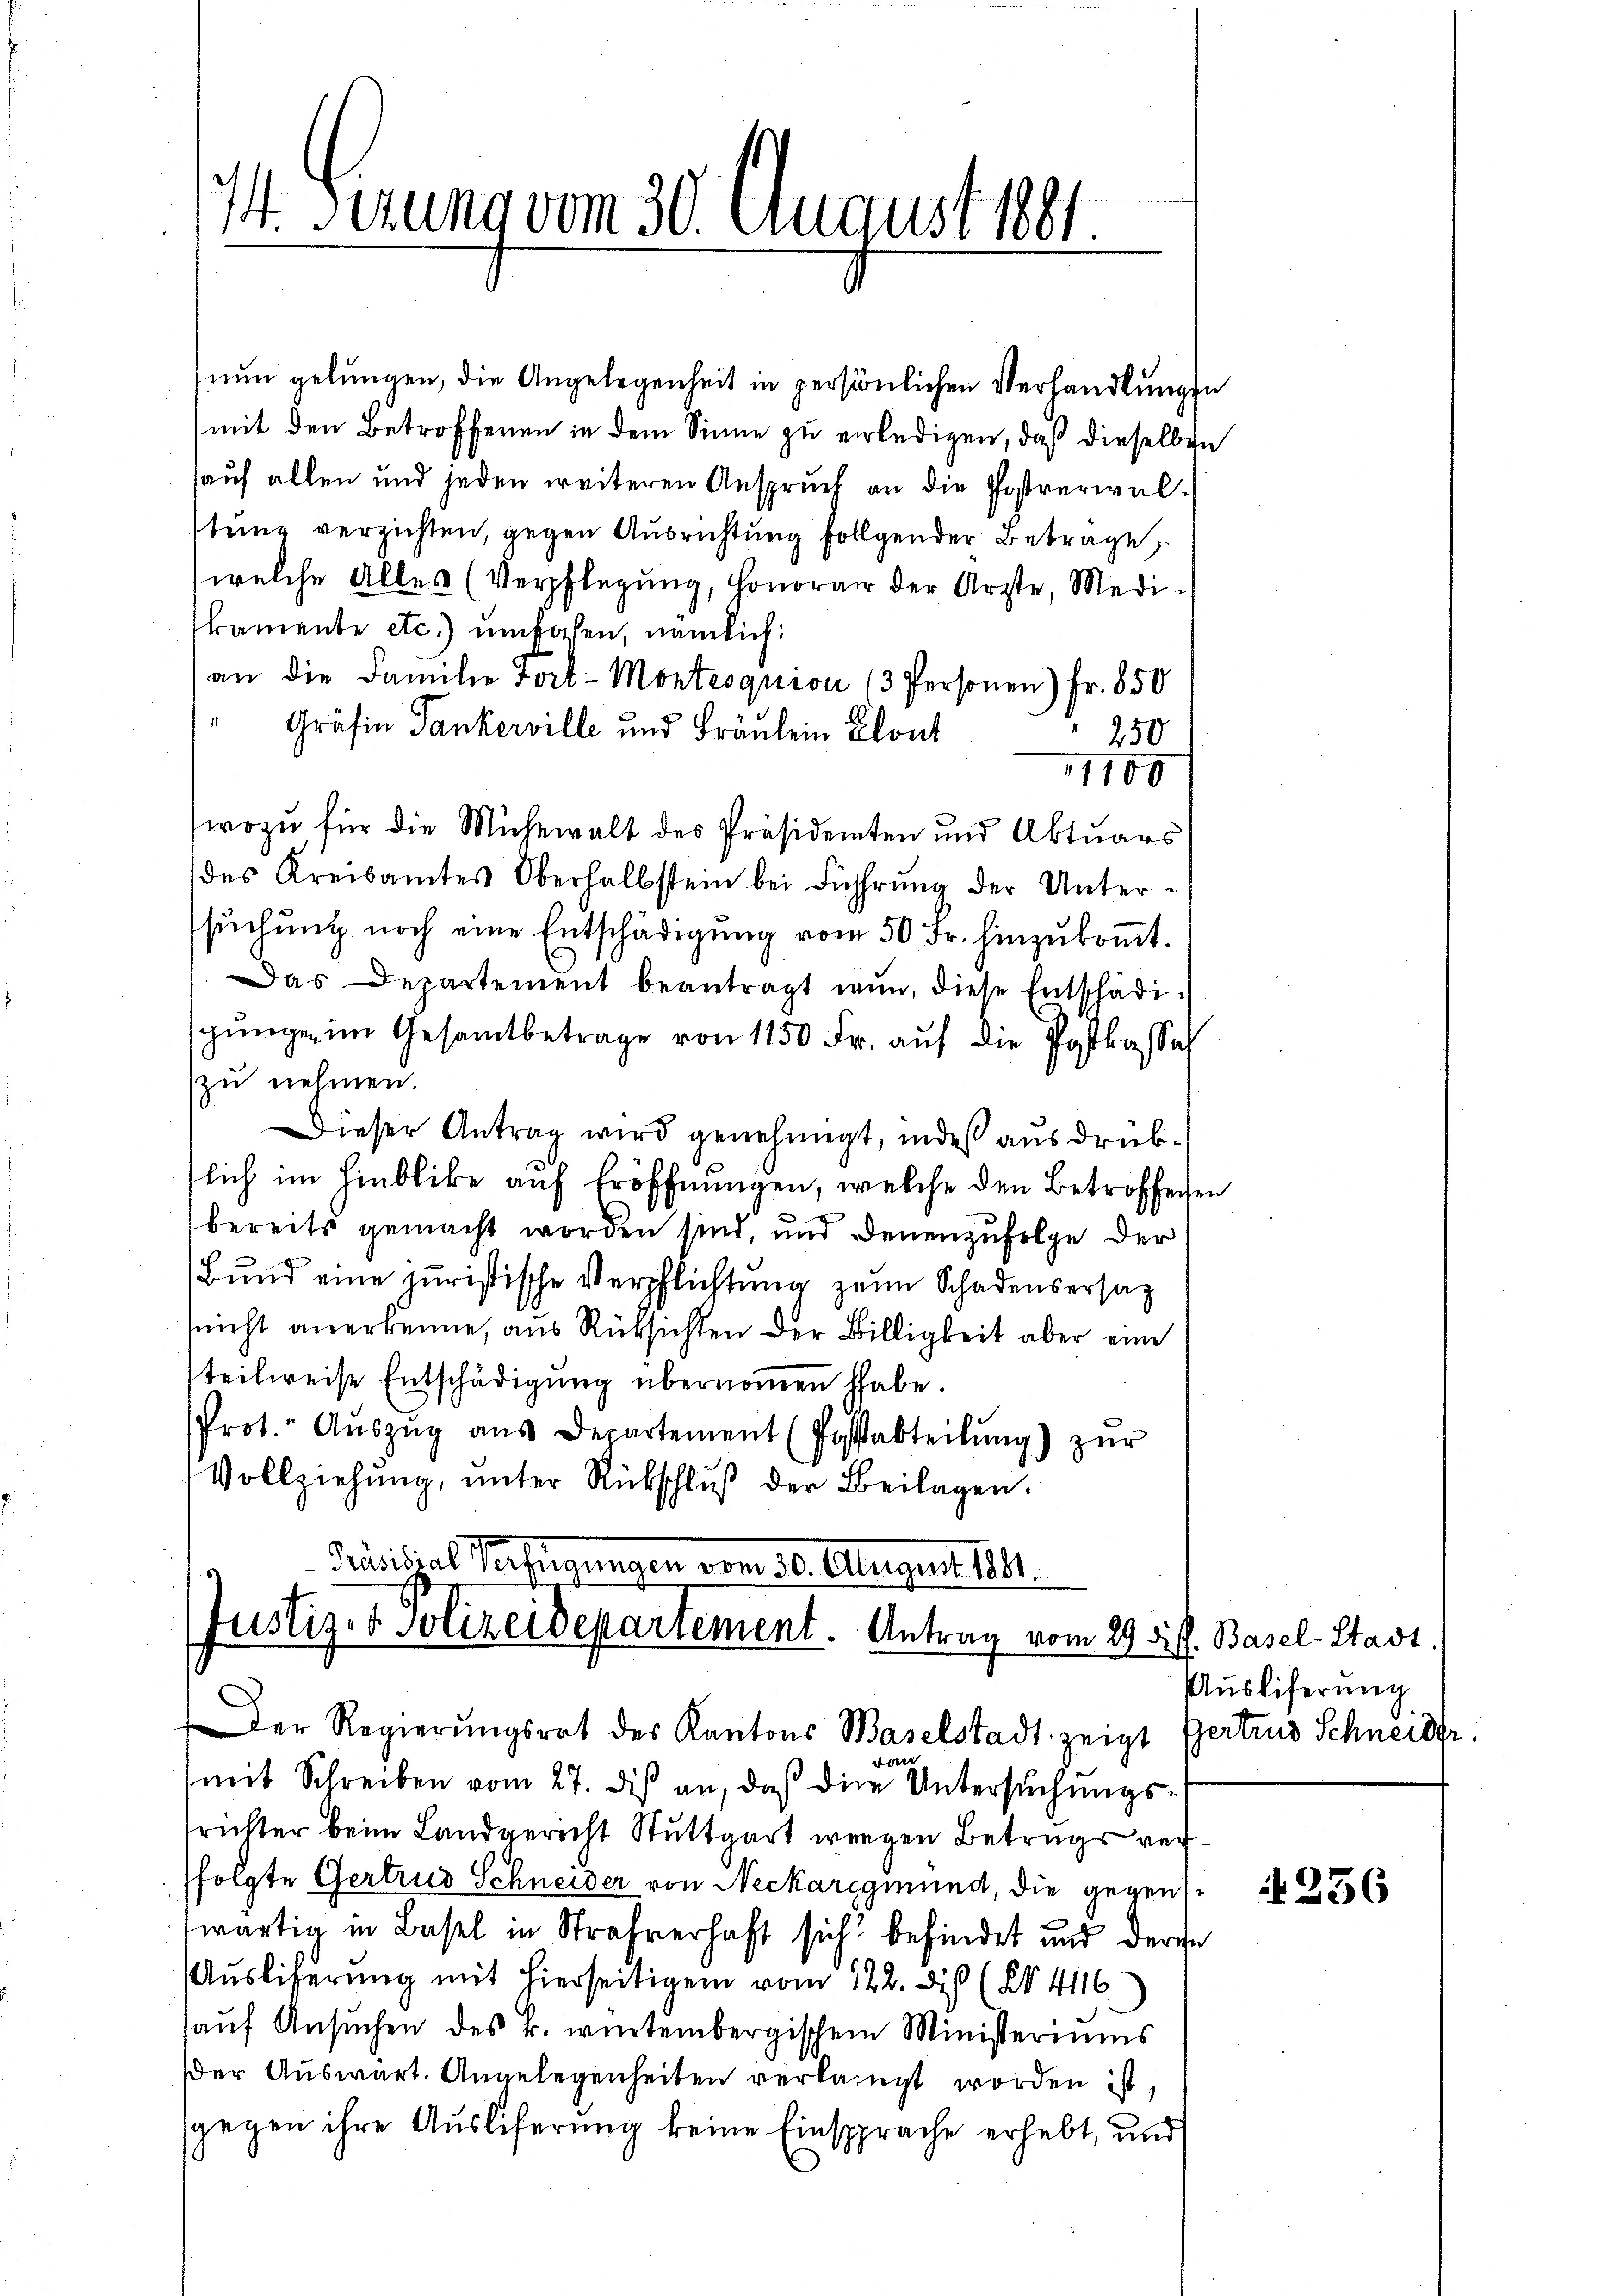
14. Serung vom 30. August 1891

nun gelungen, die Angelegenheit in persönlichen Verhandlungen
mit den Betroffenen in dem Sinne zu erledigen, daß dieselben
auf allen und jeden weiteren Anspruch an die Postverwalstung verzichten, gegen Ausrichtung folgender Betrage,
(welche Alles (Verpflegung, Honorar der Ärzte, Medikamente etc.) umkalen, nämlich:
an die Familie Fort-Montesquion (3 Personen) Fr. 850
Gräfin Tankerville und Fräulein Clout
250
1100
wozu für die Mühewalt des Präsidenten und Aktuars
des Kreisamtes Oberhalbstein bei Führŭng der Untersuchung noch eine Entschädigung vom 50 Fr. hinzukommt.
Das Departement beantragt nun, diese Entschädischungen im Gesamtbetrage von 1150 Fr. auf die Postkasse
zu nehmen.
Dieser Antrag wird genehmigt, indeß ausdrükslich im Hinblicke auf Eröffnungen, welche den Betroffenen
bereits gemacht worden sind, und denenzufolge der
Bund eine juristische Verpflichtung zum Schadensersatz
nicht anerkenne, aus Rüksichten der Billigkeit aber eine
teilweise Entschädigŭng übernoṁen habe.
Prot. Aŭszŭg aŭs Departement (Passabteilŭng) zŭr
Vollziehŭng ŭnter Rükschlŭβ der Beilagen.

Präsidial Verfügungen vom 30. August 1841.
Justiz- & Polizeidepartement. Antrag vom 29. di s. Basel-Stadt.
Der Regierŭngsrat des Kantons Baselstadt zeigt Gertrus Schneider.
2 40 xx

mit Schreiben vom 27. dis an, daß die Untersuchungstrichter beim Landgericht Stuttgart wegen Betrugs ver¬
(folgte Gertrud Schneider von Neckaregmund, die gegenswärtig in Basel in Strafverhaft sich befindet und dere
Aŭsliferung mit hierseitigen vom 122. des (§ 4116)
auf Ansuchen des k. würtembergischem Ministeriums
er Auswart. Angelegenheiten verlangt worden ist,
gegen ihre Ausliferung keine Einsprache erhebt, und

Ausliferung

236